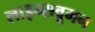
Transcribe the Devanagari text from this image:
लाइन्सवूमन